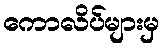
ကောလိပ်များမှ